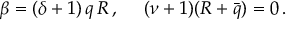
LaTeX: \beta = ( \delta + 1 ) \, q \, R \, , \ \ \ \ ( \nu + 1 ) ( R + \bar { q } ) = 0 \, .